Annual administration and progress report of the Indian Medical Department, Bombay
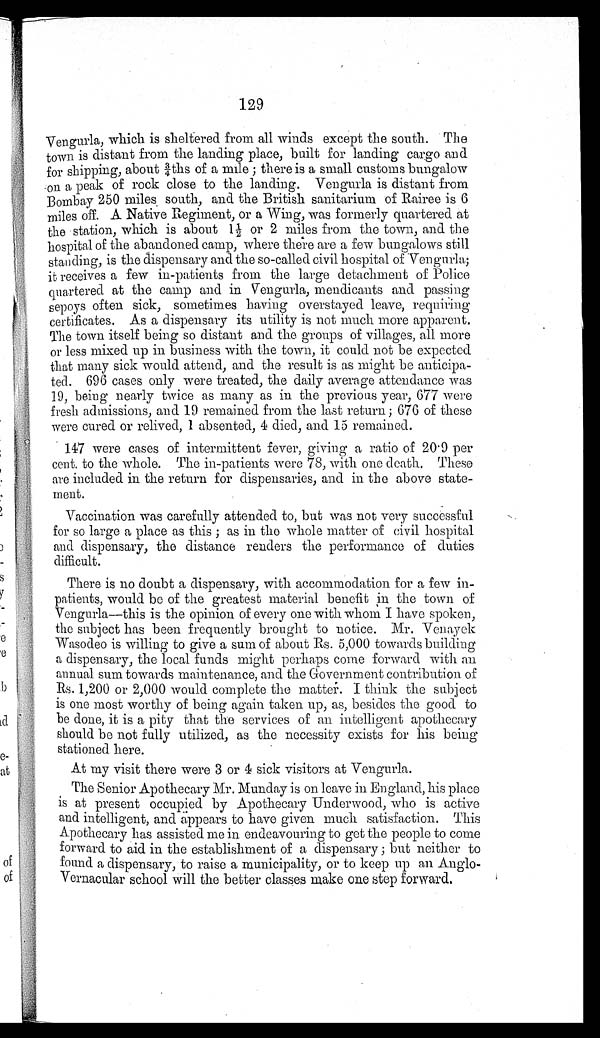
129
Vengurla, which is sheltered from all winds except the south. The
town is distant from the landing place, built for landing cargo and
for shipping, about ¾ths of a mile ; there is a small customs bungalow
on a peak of rock close to the landing. Vengurla is distant from
Bombay 250 miles south, and the British sanitarium of Rairee is 6
miles off. A Native Regiment, or a Wing, was formerly quartered at
the station, which is about 1½ or 2 miles from the town, and the
hospital of the abandoned camp, where there are a few bungalows still
standing, is the dispensary and the so-called civil hospital of Vengurla;
it receives a few in-patients from the large detachment of Police
quartered at the camp and in Vengurla, mendicants and passing
sepoys often sick, sometimes having overstayed leave, requiring
certificates. As a dispensary its utility is not much more apparent.
The town itself being so distant and the groups of villages, all more
or less mixed up in business with the town, it could not be expected
that many sick would attend, and the result is as might be anticipa-
ted. 696 cases only were treated, the daily average attendance was
19, being nearly twice as many as in the previous year, 677 were
fresh admissions, and 19 remained from the last return; 676 of these
were cured or relived, 1absented, 4 died, and 15 remained.
147 were cases of intermittent fever, giving a ratio of 20.9 per
cent. to the whole. The in-patients were 78, with one death. These
are included in the return for dispensaries, and in the above state-
ment.
Vaccination was carefully attended to, but was not very successful
for so large a place as this ; as in the whole matter of civil hospital
and dispensary, the distance renders the performance of duties
difficult.
There is no doubt a dispensary, with accommodation for a few in-
patients, would be of the greatest material benefit in the town of
Vengurla—this is the opinion of every one with whom I have spoken,
the subject has been frequently brought to notice. Mr. Venayek
Wasodeo is willing to give a sum of about Rs. 5,000 towards building
a dispensary, the local funds might perhaps come forward with an
annual sum towards maintenance, and the Government contribution of
Rs. 1,200 or 2,000 would complete the matter. I think the subject
is one most worthy of being again taken up, as, besides the good to
be done, it is a pity that the services of an intelligent apothecary
should be not fully utilized, as the necessity exists for his being
stationed here.
At my visit there were 3 or 4 sick visitors at Vengurla.
The Senior Apothecary Mr. Munday is on leave in England, his place
is at present occupied by Apothecary Underwood, who is active
and intelligent, and appears to have given much satisfaction. This
Apothecary has assisted me in endeavouring to get the people to come
forward to aid in the establishment of a dispensary ; but neither to
found a dispensary, to raise a municipality, or to keep up an Anglo-
Vernacular school will the better classes make one step forward.